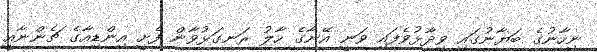
ނިހާނުގެ ބަޔާނުގައި ވިދާޅުވެފައި ވަނީ އޭނާގެ ހާލު ރަނގަޅުވާން ފެށީ އިންޑިއާގެ ޗެންނާއީ